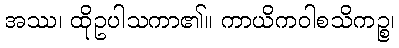
အဿ၊ ထိုဥပါသကာ၏။ ကာယိကဝါစသိကဉ္စ၊